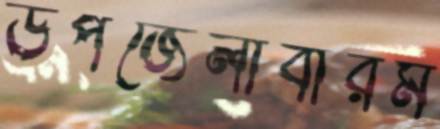
উপজেলাবারম